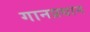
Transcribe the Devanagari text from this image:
गानप्रधान